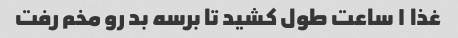
غذا ۱ ساعت طول کشید تا برسه بد رو مخم رفت